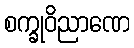
စက္ခုဝိညာဏေ